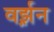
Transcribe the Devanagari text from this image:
वर्झ़न